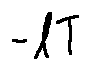
- l T